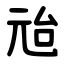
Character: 兘